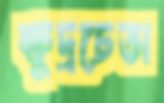
ক্ষুদ্রচেতা